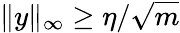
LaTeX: \| y\| _{\infty}\ge\eta/\sqrt{m}